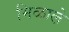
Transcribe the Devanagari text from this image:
मिळाले़